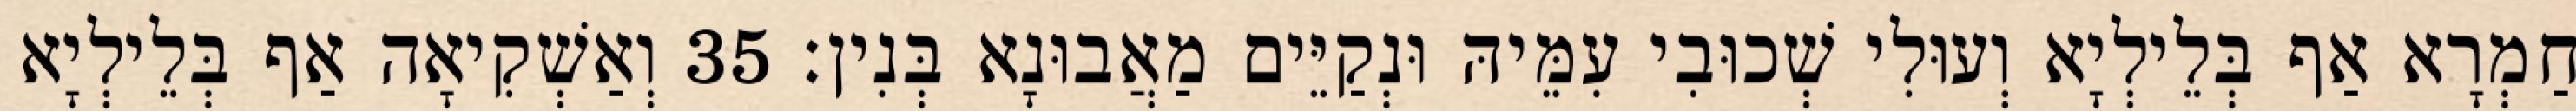
חַמְרָא אַף בְּלֵילְיָא וְעוּלִי שְׁכוּבִי עִמֵּיהּ וּנְקַיֵּים מַאֲבוּנָא בְּנִין׃ 35 וְאַשְׁקִיאָה אַף בְּלֵילְיָא